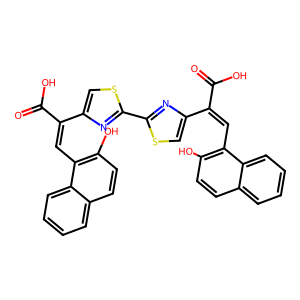
SMILES: O=C(O)C(=Cc1c(O)ccc2ccccc12)c1csc(-c2nc(C(=Cc3c(O)ccc4ccccc34)C(=O)O)cs2)n1
Inhibits HIV replication: No